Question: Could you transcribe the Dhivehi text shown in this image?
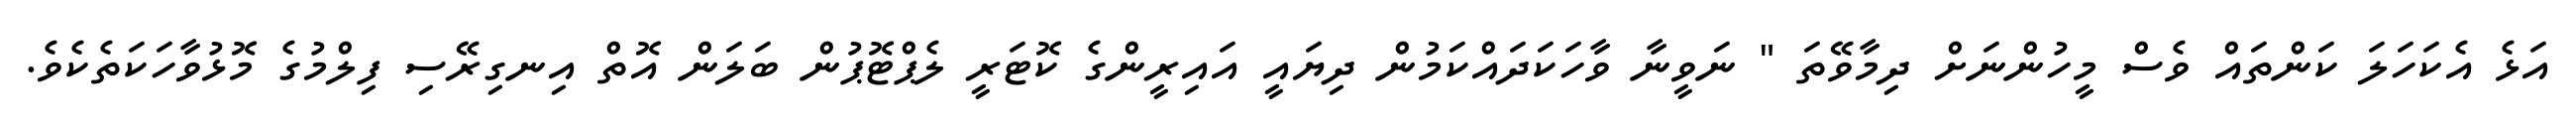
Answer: އަޅެ އެކަހަލަ ކަންތައް ވެސް މީހުންނަށް ދިމާވޭތަ " ނަވީނާ ވާހަކަދައްކަމުން ދިޔައީ އައިރީންގެ ކޮޓަރީ ލެޕްޓޮޕުން ބަލަން އޮތް އިނގިރޭސި ފިލްމުގެ މޮޅުވާހަކަތެކެވެ.